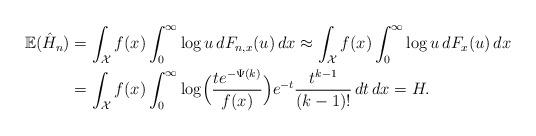
LaTeX: \begin{align*}\mathbb{E}(\hat{H}_n) &= \int_\mathcal{X} f(x) \int_0^\infty \log u \,dF_{n,x}(u) \,dx \approx \int_\mathcal{X} f(x) \int_0^\infty \log u \,dF_x(u) \,dx \\& = \int_{\mathcal{X}} f(x) \int_0^\infty \log\Bigl(\frac{te^{-\Psi(k)}}{f(x)}\Bigr) e^{-t}\frac{t^{k-1}}{(k-1)!} \, dt \, dx = H.\end{align*}